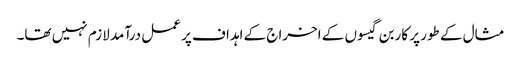
مثال کے طور پر کاربن گیسوں کے اخراج کے اہداف پر عمل درآمد لازم نہیں تھا۔